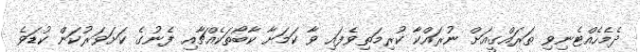
ދެމެހެއްޓެނިވި ތަރައްގީއަށް ނުރައްކާ ކުރިމަތިވެފައި ވާ ކަމަށާ ކާބޯތަކެއްޗާއި ފެނުގެ ކަށަވަރުކަން ކުޑަވެ